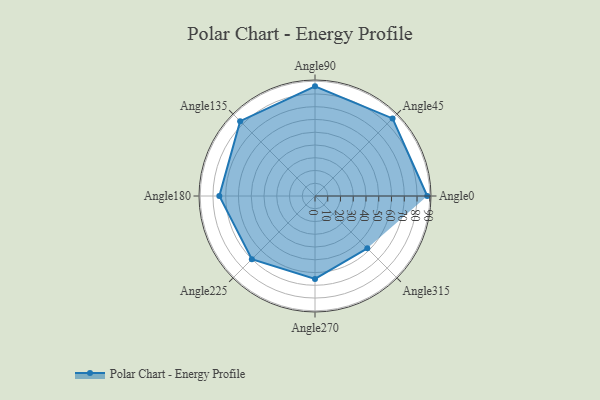
{"axis": {"x": "Angle", "y": "Radius"}, "legend": [""], "data": [{"x": "Angle0", "y": 88.0, "type": ""}, {"x": "Angle45", "y": 86.0, "type": ""}, {"x": "Angle90", "y": 86.0, "type": ""}, {"x": "Angle135", "y": 83.0, "type": ""}, {"x": "Angle180", "y": 75.0, "type": ""}, {"x": "Angle225", "y": 70.0, "type": ""}, {"x": "Angle270", "y": 65.0, "type": ""}, {"x": "Angle315", "y": 58.0, "type": ""}]}